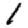
Digit: 1